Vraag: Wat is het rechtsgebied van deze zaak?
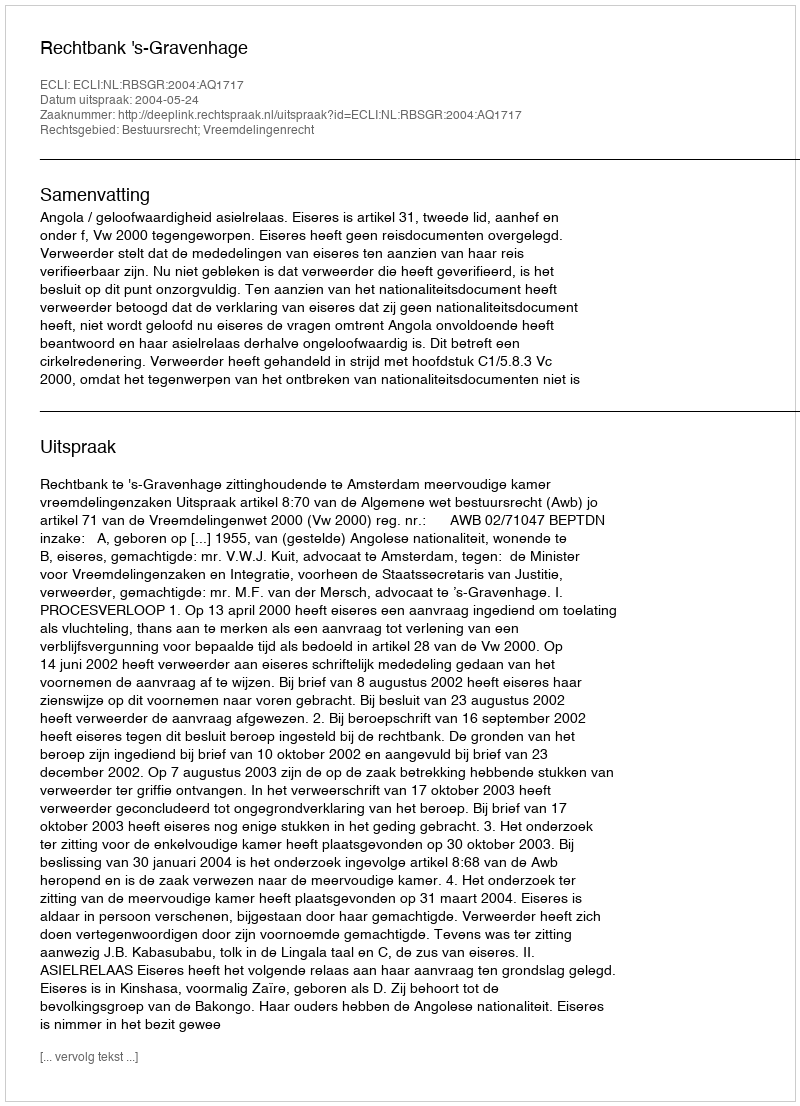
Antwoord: Bestuursrecht; Vreemdelingenrecht